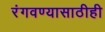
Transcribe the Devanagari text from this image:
रंगवण्यासाठीही